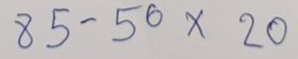
85 - 50 x 20